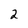
Character: 2